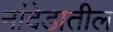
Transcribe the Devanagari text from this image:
नांदेडातील